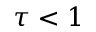
\tau < 1